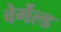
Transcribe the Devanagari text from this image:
वेर्गेल्ड